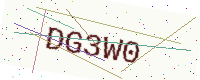
Text: DG3W0